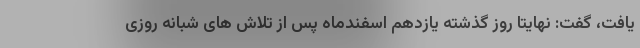
یافت، گفت: نهایتا روز گذشته یازدهم اسفندماه پس از تلاش های شبانه روزی